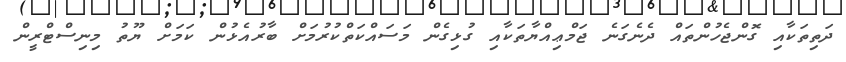
ދަތިތަކާއި ގޮންޖެހުންތައް ދެނެގަނެ ޖަމްޢިއްޔާތަކާއި ގުޅިގެން މަސައްކަތްކުރުމަށް ބާރުއެޅުން ކަމަށް ޔޫތު މިނިސްޓްރީން